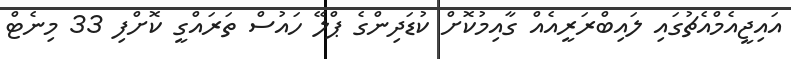
އައިޖީއެމްއެޗުގައި ލައިބްރަރީއެއް ގާއިމުކޮށް ކުޑަދިންގެ ޕްލޭ ހައުސް ތަރައްގީ ކޮށްފި 33 މިނެޓް